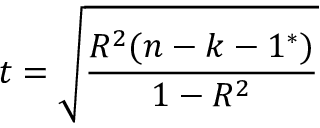
t = { \sqrt { \frac { R ^ { 2 } ( n - k - 1 ^ { * } ) } { 1 - R ^ { 2 } } } }